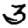
Digit: 3